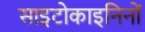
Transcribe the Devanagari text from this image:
साइटोकाइनिनों